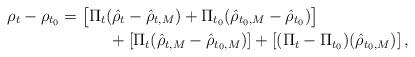
LaTeX: \begin{align*}\rho_t - \rho_{t_0}&=\bigl [\Pi_t (\hat \rho_t - \hat \rho_{t, M}) + \Pi_{t_0} (\hat \rho_{t_0,M}-\hat \rho_{t_0})\bigr ] \\ &\qquad\quad+[\Pi_t ( \hat \rho_{t,M} -\hat \rho_{t_0,M} )]+[ (\Pi_t -\Pi_{t_0}) (\hat \rho_{t_0,M})] \, ,\end{align*}